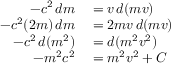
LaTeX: \begin{array} { r l } { - c ^ { 2 } \, d m } & { { } = v \, d ( m v ) } \\ { - c ^ { 2 } ( 2 m ) \, d m } & { { } = 2 m v \, d ( m v ) } \\ { - c ^ { 2 } \, d ( m ^ { 2 } ) } & { { } = d ( m ^ { 2 } v ^ { 2 } ) } \\ { - m ^ { 2 } c ^ { 2 } } & { { } = m ^ { 2 } v ^ { 2 } + C } \end{array}